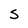
Character: S